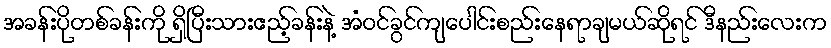
အခန်းပိုတစ်ခန်းကို ရှိပြီးသားဧည့်ခန်းနဲ့ အံဝင်ခွင်ကျပေါင်းစည်းနေရာချမယ်ဆိုရင် ဒီနည်းလေးက